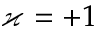
\varkappa = + 1